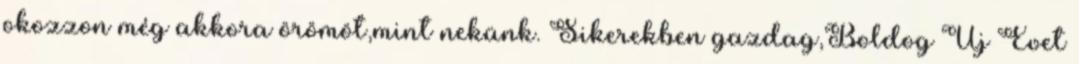
okozzon még akkora örömöt,mint nekünk. Sikerekben gazdag,Boldog Új Évet